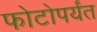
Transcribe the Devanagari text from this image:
फोटोपर्यंत